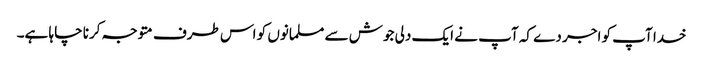
خدا آپ کو اجر دے کہ آپ نے ایک دلی جوش سے مسلمانوں کو اس طرف متوجہ کرنا چاہا ہے۔